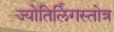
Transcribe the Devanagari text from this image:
ज्योतिर्लिंगस्तोत्र